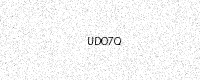
Text: UDO7Q